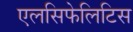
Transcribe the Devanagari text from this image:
एलसिफेलिटिस